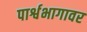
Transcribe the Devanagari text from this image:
पार्श्वभागावर